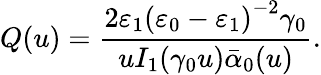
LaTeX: Q(u)=\frac{2\varepsilon_{1}\left(\varepsilon_{0}-\varepsilon_{1}\right)^{-2}\gamma_{0}}{uI_{1}(\gamma_{0}u)\bar{\alpha}_{0}(u)}.